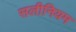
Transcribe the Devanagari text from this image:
सलीनियम